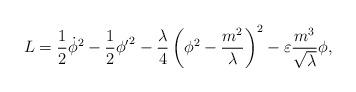
LaTeX: \begin{align*} L = \frac{1}{2} {\dot {\phi}}^2 - \frac{1}{2}{{\phi}'}^2 - \frac{\lambda} {4}\left(\phi ^2 - \frac{m^2}{\lambda}\right)^2 - \varepsilon \frac {m^3}{\sqrt \lambda} \phi,\end{align*}